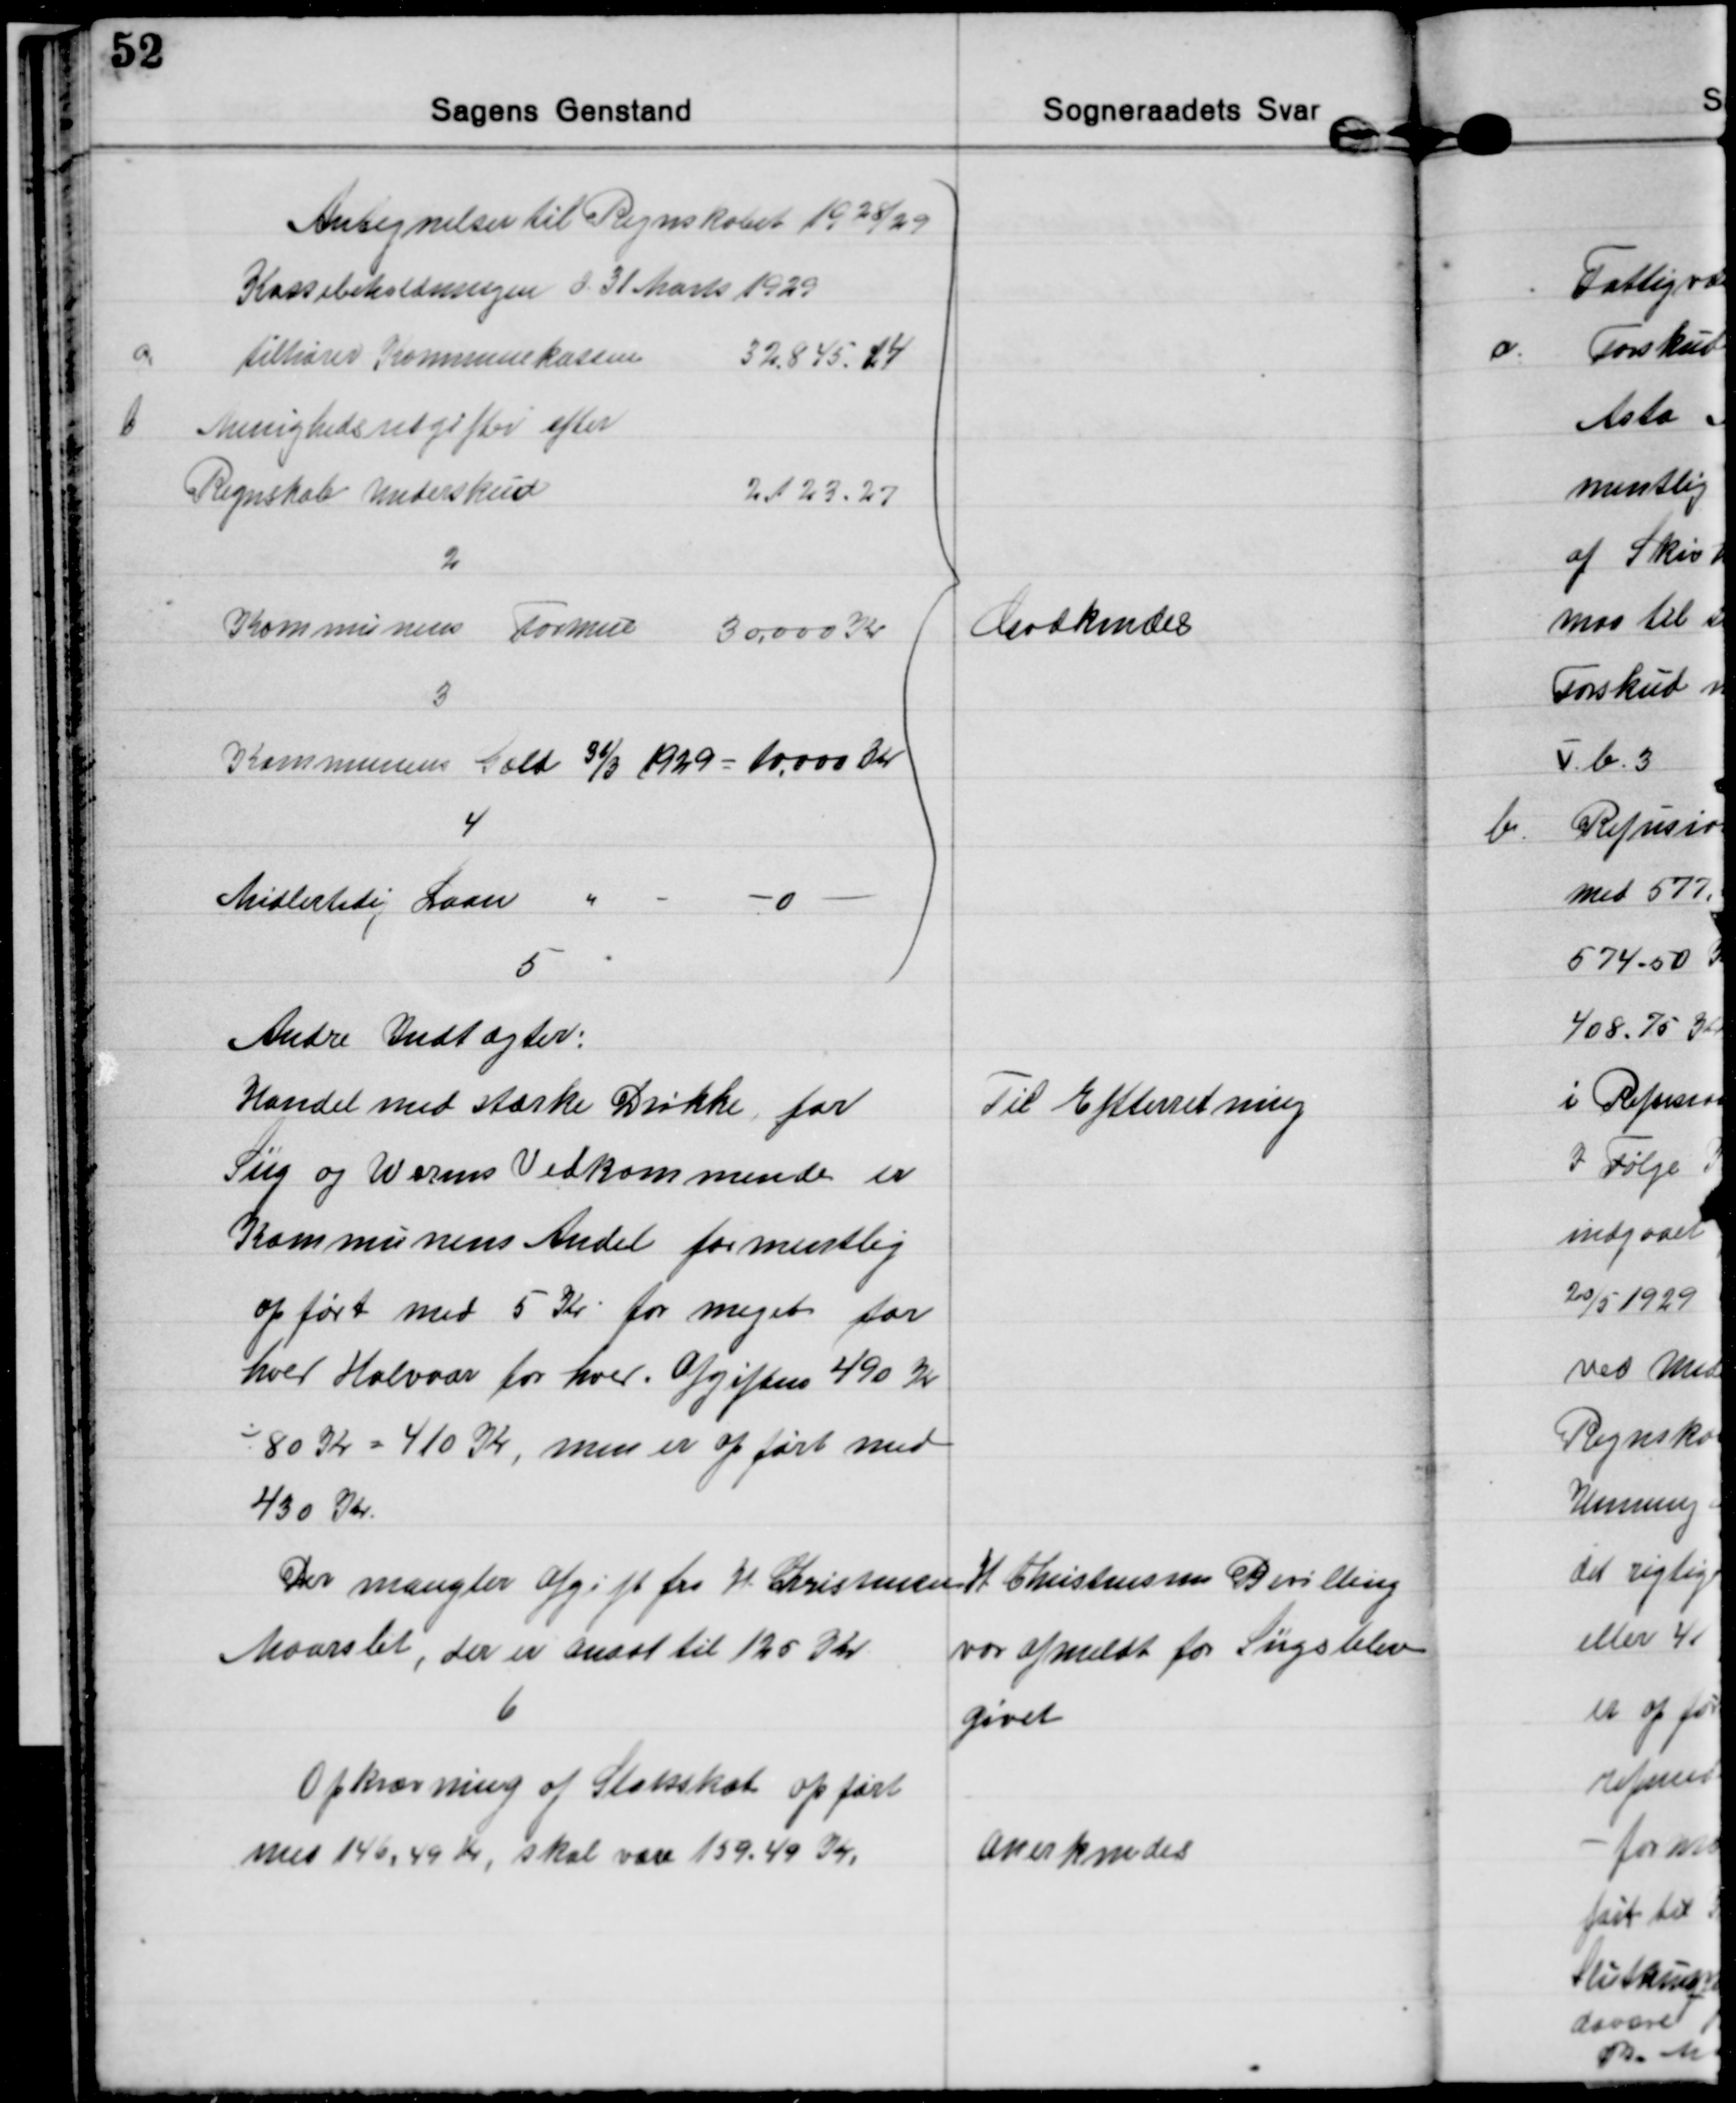
Transskription:
Antegnelser til Regnskabet 1928/29
Kassebeholdningen d. 31 Marts 1929
a 
tilhører Kommunekassen 
32.845,14
b 
Menighedsudgifter efter
Regnskab Underskud 
2.123.27
2
Kommunens Formue 
30.000 Kr
3
Kommunens Gæld 31/3 1929 = 10.000 Kr
4
Midlertidig Laan
0
Godkendes

5 
Andre Indtægter:
Handel med stærke Drikke for
Siig og Worms Vedkommende er
Kommunens Andel formentlig
opført med 5 Kr for meget for
hver Halvaar for hver. Afgiften 490 Kr
÷ 80 Kr = 410 Kr, men er opført med
430 Kr.
Til Efterretning

Der mangler Afgift fra H Christensen
Maarslet, der er ansat til 125 Kr.
H Christensens Bevilling
var afmeldt for Siigs blev
givet
6
Opkrævning af Statsskat opført
med 146,49 Kr, skal være 159.49 Kr.
Anerkendes